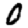
Digit: 0